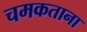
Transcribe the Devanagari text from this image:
चमकताना